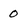
Character: 0